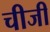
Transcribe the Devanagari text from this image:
चीजी